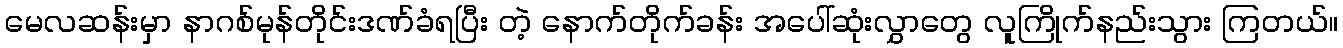
မေလဆန်းမှာ နာဂစ်မုန်တိုင်းဒဏ်ခံရပြီး တဲ့ နောက်တိုက်ခန်း အပေါ်ဆုံးလွှာတွေ လူကြိုက်နည်းသွား ကြတယ်။